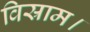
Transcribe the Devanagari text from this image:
विस्राम।